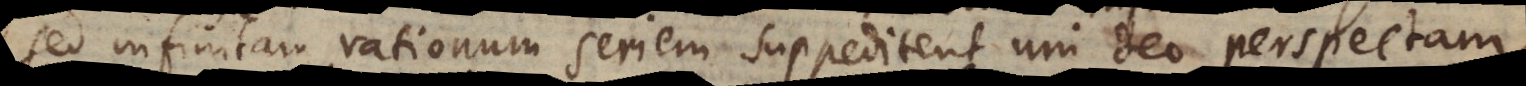
sed infinitam rationum seriem suppeditent uni Deo perspectam.